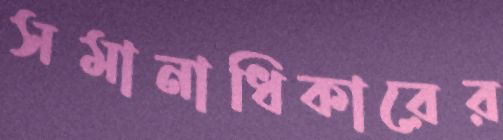
সমানাধিকারের